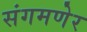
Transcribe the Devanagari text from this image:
संगमणेर